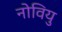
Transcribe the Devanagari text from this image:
नोवियु